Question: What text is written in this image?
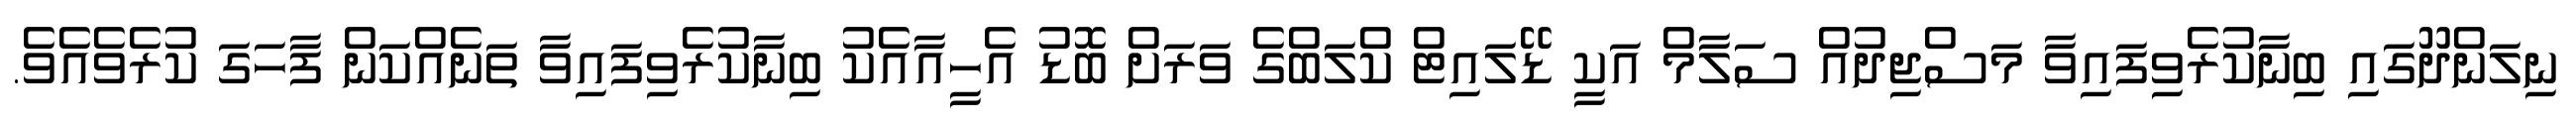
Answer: ނިލަންދޫގައި ބިނާކުރެވިފައިވާ މަސްޖިދުއް ސަލާމް އަކީ ޑޭލައިޓް ކްލަބްގެ ވަރަށް ބޮޑު އެހީއާއެކު ބިނާކުރެވިފައިވާ ތަނެއްކަން ފާހަގަ ކުރެވެއެވެ.